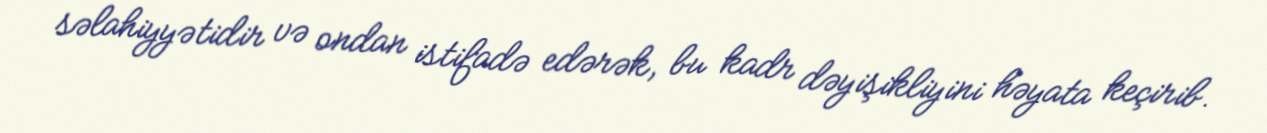
səlahiyyətidir və ondan istifadə edərək, bu kadr dəyişikliyini həyata keçirib.